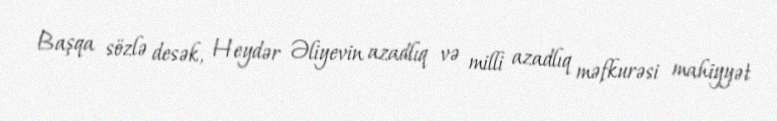
Başqa sözlə desək, Heydər Əliyevin azadlıq və milli azadlıq məfkurəsi mahiyyət